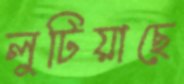
লুটিয়াছে